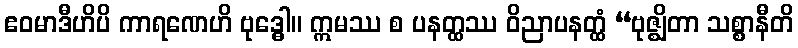
ဧဝမာဒီဟိပိ ကာရဏေဟိ ဗုဒ္ဓေါ။ ဣမဿ စ ပနတ္ထဿ ဝိညာပနတ္ထံ “ဗုဇ္ဈိတာ သစ္စာနီတိ